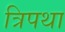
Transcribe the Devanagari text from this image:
त्रिपथा